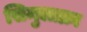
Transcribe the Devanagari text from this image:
सिमुलाक्रा